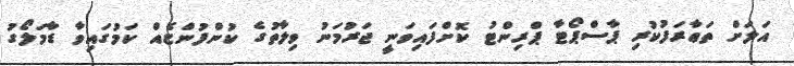
އަލަށް ތަޢާރަފުކުރި ޕާސްޕޯޓާ ޕްރިންޓު ކޮށްފައިވަނީ ޖަރުމަނު ވިލާތުގެ ކުންފުންޏެއް ކަމުގައިވާ ޑާމަލޯގު